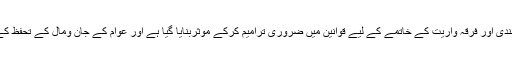
ان کا کہناتھا کہ دہشت گردی،انتہاپسندی اور فرقہ واریت کے خاتمے کے لیے قوانین میں ضروری ترامیم کرکے موثربنایا گیا ہے اور عوام کے جان ومال کے تحفظ کے لیے ہرممکن اقدام اٹھایا جارہا ہے۔